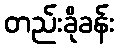
တည်းခိုခန်း